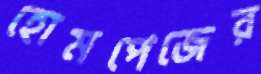
হোমপেজের